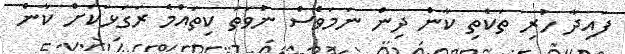
ފައިދާ ހުރި ތަކެތި ކާން ދިން ނަމަވެސް ނުވަތަ ކިތައްމެ ރަގަޅަކަށް ކާން